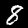
Label: 8